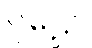
ဝူဠှော